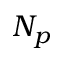
N _ { p }